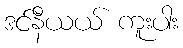
ဒင်နီယယ် ကူးပါး